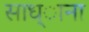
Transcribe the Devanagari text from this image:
साध्ाना